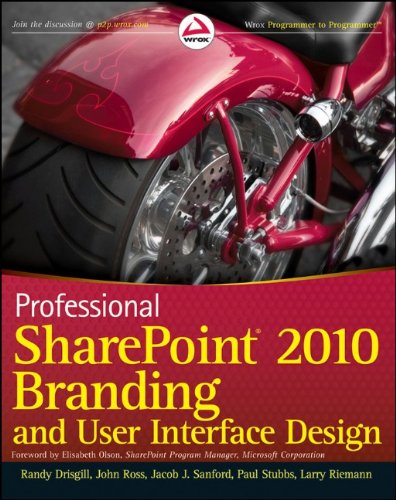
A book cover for Professional SharePoint 2010 Branding and User Interface Design; Randy Drisgill; Computers & Technology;